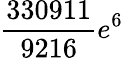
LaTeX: \frac{330911}{9216}e^{6}